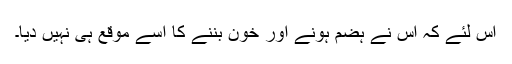
اس لئے کہ اس نے ہضم ہونے اور خون بننے کا اُسے موقع ہی نہیں دیا۔